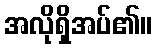
အလိုရှိအပ်၏။